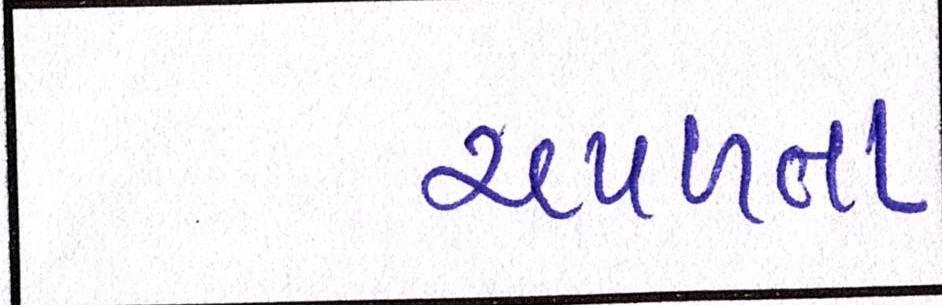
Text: ચપળતા